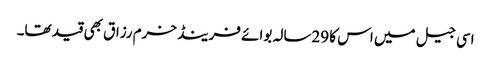
اسی جیل میں اس کا 29سالہ بوائے فرینڈ خرم رزاق بھی قید تھا۔